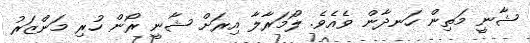
ޝާނީ މަތިން ހަނދާން ވެއެވެ. ލޯމަރާލާ އިރަށް ޝާނީ ރޯން ހުރި މަންޒަރު